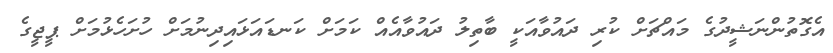
އެގޮތުންނަޝީދުގެ މައްޗަށް ކުރި ދައުވާއަކީ ބާތިލު ދައުވާއެއް ކަމަށް ކަނޑައަޅައިދިނުމަށް ހުށަހެޅުމަށް ޕީޖީގެ